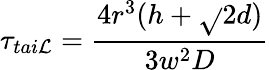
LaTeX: \tau_{tai\mathcal{L}}=\frac{{4r^{3}(h+\sqrt{}{{2}}d)}}{{3w^{2}D}}